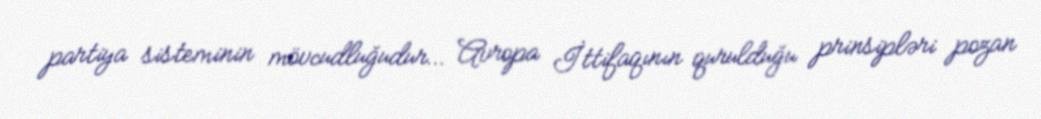
partiya sisteminin mövcudluğudur… Avropa İttifaqının qurulduğu prinsipləri pozan